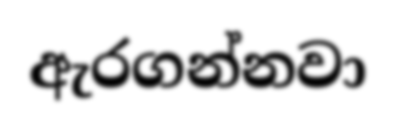
ඇරගන්නවා